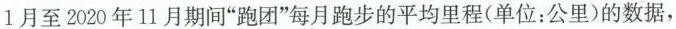
1月至2020年11月期间”跑团”每月跑步的平均里程(单位：公里)的数据，